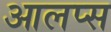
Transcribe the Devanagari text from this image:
आलप्स